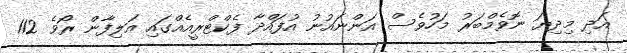
އަދި މިދިޔަ ނޮވެމްބަރު މަހުވެސް އަންނައުނު އުފައްދާ ފެކްޓްރީއެއްގައި އަލިފާން ރޯވެ 112